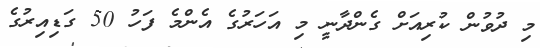
މި ދުވުން ކުރިއަށް ގެންދާނީ މި އަހަރުގެ އެންމެ ފަހު 50 ގަޑިއިރުގެ